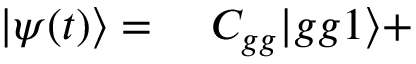
\begin{array} { r l } { | \psi ( t ) \rangle = } & { { } ~ C _ { g g } | g g 1 \rangle + } \end{array}